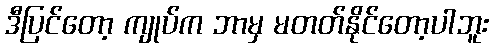
ဒီပြင်တော့ ကျုပ်က ဘာမှ မတတ်နိုင်တော့ပါဘူး